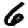
Digit: 6